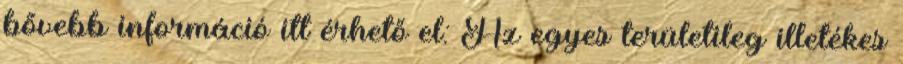
bővebb információ itt érhető el: Az egyes területileg illetékes